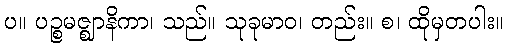
ပ။ ပဉ္စမဇ္ဈာနိကာ၊ သည်။ သုခုမာဝ၊ တည်း။ စ၊ ထိုမှတပါး။